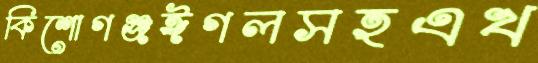
কিশোগঞ্জঈগলসহএখ